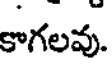
కాగలవు.